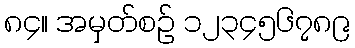
၈၄။ အမှတ်စဉ် ၁၂၃၄၅၆၇၈၉